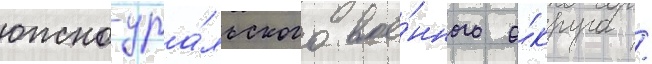
южно-ура́льского вое́нного о́круга /